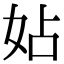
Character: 㚲